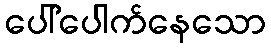
ပေါ်ပေါက်နေသော